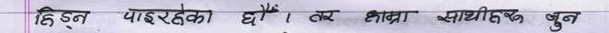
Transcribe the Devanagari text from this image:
हिड्न पाइरहेका छौं । तर साना साथीहरु हुन